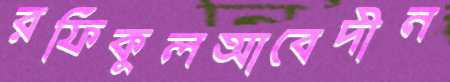
রফিকুলআবেদীন